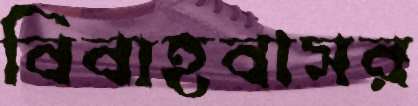
বিবাহবাসর